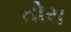
તોય